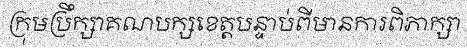
ក្រុមប្រឹក្សាគណបក្សខេត្តបន្ទាប់ពីមានការពិភាក្សា